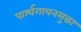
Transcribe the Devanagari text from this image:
पार्श्वगायनसुद्धा